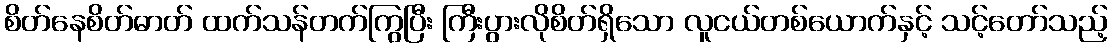
စိတ်နေစိတ်ဓာတ် ထက်သန်တက်ကြွပြီး ကြီးပွားလိုစိတ်ရှိသော လူငယ်တစ်ယောက်နှင့် သင့်တော်သည့်